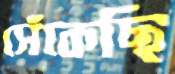
সেঁকেছি